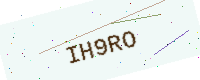
Text: IH9RO